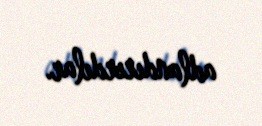
adlandırırdılar.